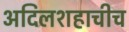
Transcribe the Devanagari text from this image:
अदिलशहाचीच